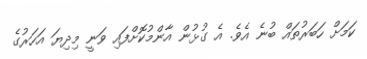
ކަމަށް ހަބަރުތައް ބުނެ އެވެ. އެ ގުޅުން އާންމުކޮށްފައި ވަނީ މިދިޔަ އަހަރުގެ